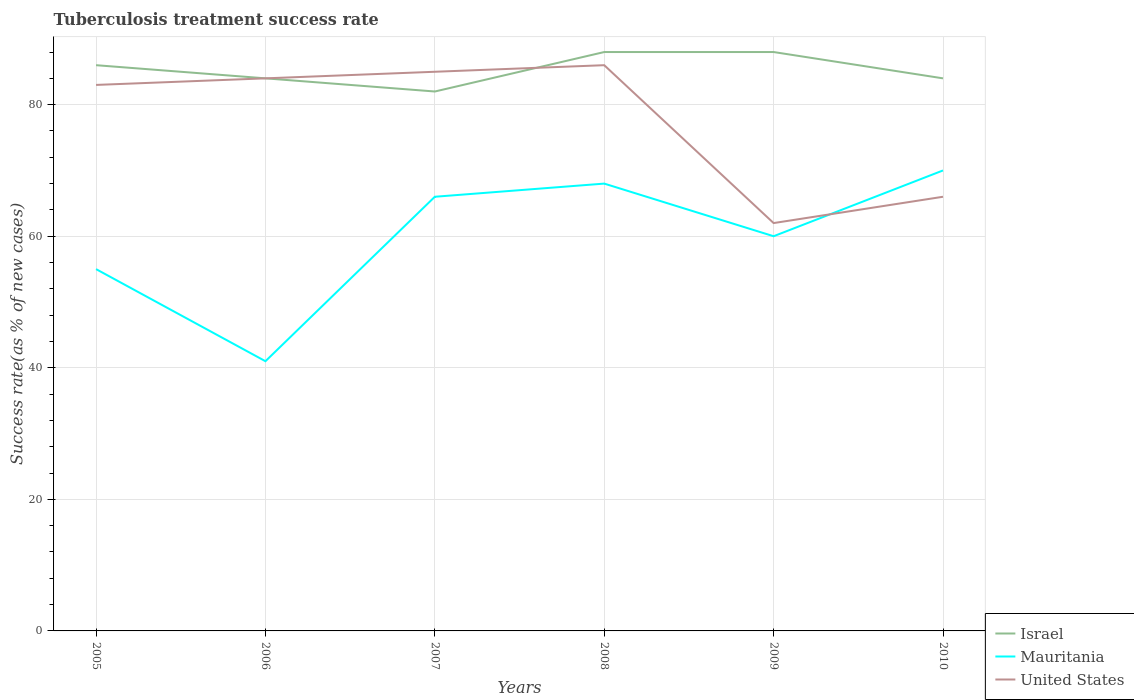
| Years | Israel | Mauritania | United States |
 | --- | --- | --- | --- |
 | 2005 | 86 | 55 | 83 |
 | 2006 | 84 | 41 | 84 |
 | 2007 | 82 | 66 | 85 |
 | 2008 | 88 | 68 | 86 |
 | 2009 | 88 | 60 | 62 |
 | 2010 | 84 | 70 | 66 |